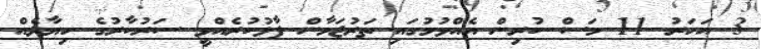
3 އަހަރު 11 މަސް ކުރިން އެއްވުމުގައި ތަރުޖަމާން ފާޅުކުރެއްވީ ސަރުކާރުގެ ހިޔާލެއް